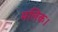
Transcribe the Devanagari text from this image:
मलिक।